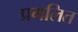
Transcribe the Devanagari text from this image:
प्रगलित